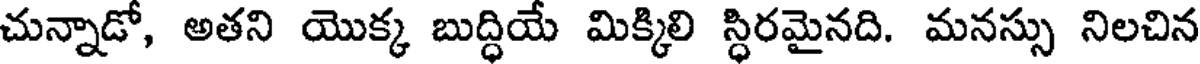
చున్నాడో, అతని యొక్క బుద్ధియే మిక్కిలి స్ధిరమైనది. మనస్సు నిలచిన